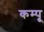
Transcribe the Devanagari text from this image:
कम्पू